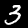
Digit: 3